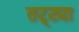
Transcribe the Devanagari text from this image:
तट्ट्या